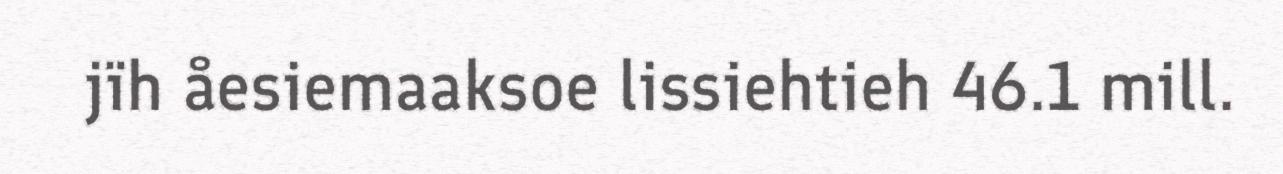
jïh åesiemaaksoe lissiehtieh 46.1 mill.